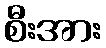
စီးအား